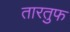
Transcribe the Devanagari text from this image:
तारतुफ